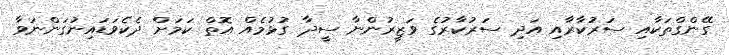
ގޭންގްތަކާއި ސަރުކާރާއި އަދި ސަރުކާރުގެ ވަޒީރުންނާ ސީދާ ގުޅުމެއް އޮތް ކަމަށް ދެކެވަޑައިނުގަންނަވާ